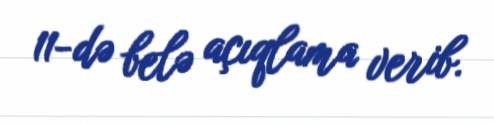
11-də belə açıqlama verib.